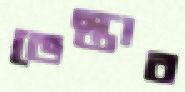
ভেস্তাব